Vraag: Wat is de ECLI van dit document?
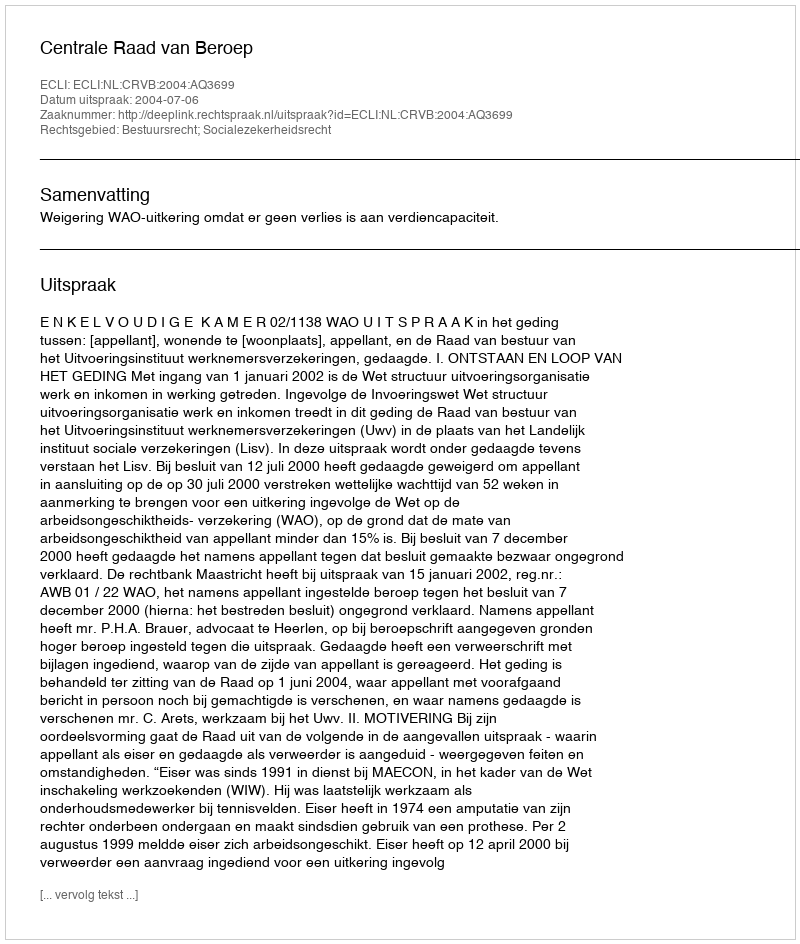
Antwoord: ECLI:NL:CRVB:2004:AQ3699